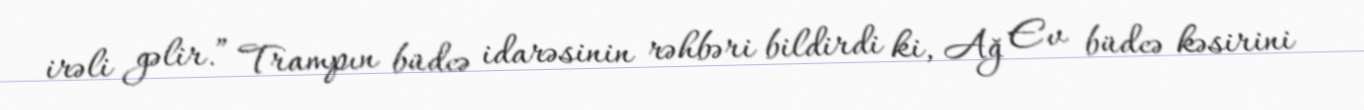
irəli gəlir.” Trampın büdcə idarəsinin rəhbəri bildirdi ki, Ağ Ev büdcə kəsirini